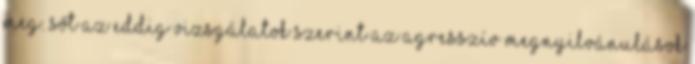
meg. Sőt az eddig vizsgálatok szerint az agresszív megnyilvánulások